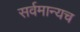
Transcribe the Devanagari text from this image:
सर्वमान्यच